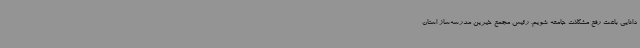
دانایی باعث رفع مشکلات جامعه شویم. رئیس مجمع خیرین مدرسه‌ساز استان